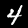
Label: 4